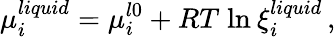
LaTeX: \mu_{i}^{liquid}=\mu_{i}^{l0}+RT\; \mathrm{ln}\: \xi_{i}^{liquid}\, ,